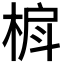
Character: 𬃐